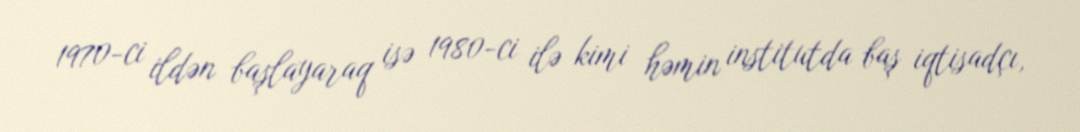
1970-ci ildən başlayaraq isə 1980-ci ilə kimi həmin institutda baş iqtisadçı,